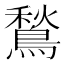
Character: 鶖